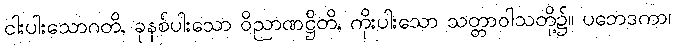
ငါးပါးသောဂတိ, ခုနစ်ပါးသော ဝိညာဏဋ္ဌိတိ, ကိုးပါးသော သတ္တာဝါသတို့၌။ ပဘေဒကာ၊